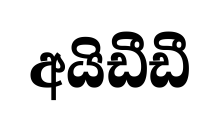
අයිඩීඩී